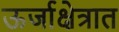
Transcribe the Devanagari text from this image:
ऊर्जाक्षेत्रात